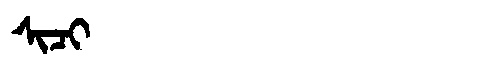
Manchu: ᠰᡳᠴᡳ
Romanization: SICI